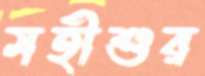
মহীশুর